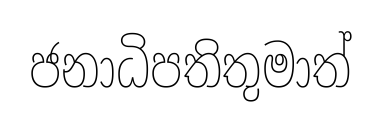
ජනාධිපතිතුමාත්